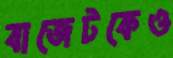
বাজেটকেও